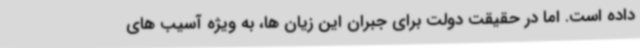
داده است. اما در حقیقت دولت برای جبران این زیان ها، به ویژه آسیب های